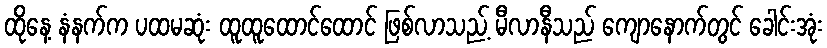
ထိုနေ့ နံနက်က ပထမဆုံး ထူထူထောင်ထောင် ဖြစ်လာသည့် မီလာနီသည် ကျောနောက်တွင် ခေါင်းအုံး